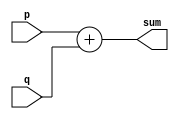
module adder(sum, p, q);

parameter N = 2;

input [N-1:0] p, q;
output reg [N:0] sum;

always@(*) begin
	sum = p + q;
end

endmodule